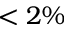
< 2 \%